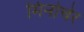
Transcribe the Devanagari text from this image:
मिनोचेर